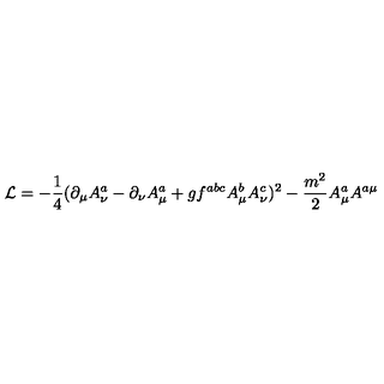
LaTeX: { \cal L } = - \frac { 1 } { 4 } ( \partial _ { \mu } A _ { \nu } ^ { a } - \partial _ { \nu } A _ { \mu } ^ { a } + g f ^ { a b c } A _ { \mu } ^ { b } A _ { \nu } ^ { c } ) ^ { 2 } - \frac { m ^ { 2 } } { 2 } A _ { \mu } ^ { a } A ^ { a \mu }